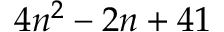
4 n ^ { 2 } - 2 n + 4 1